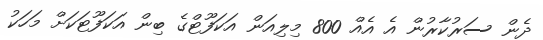
ދެން ސަރުކާރުން އެ އެއް 800 މިލިއަން އަކަފޫޓްގެ ބިން އަކަފޫޓަކަށް މަހަކު